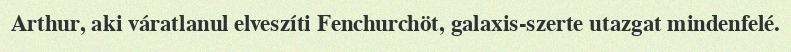
Arthur, aki váratlanul elveszíti Fenchurchöt, galaxis-szerte utazgat mindenfelé.